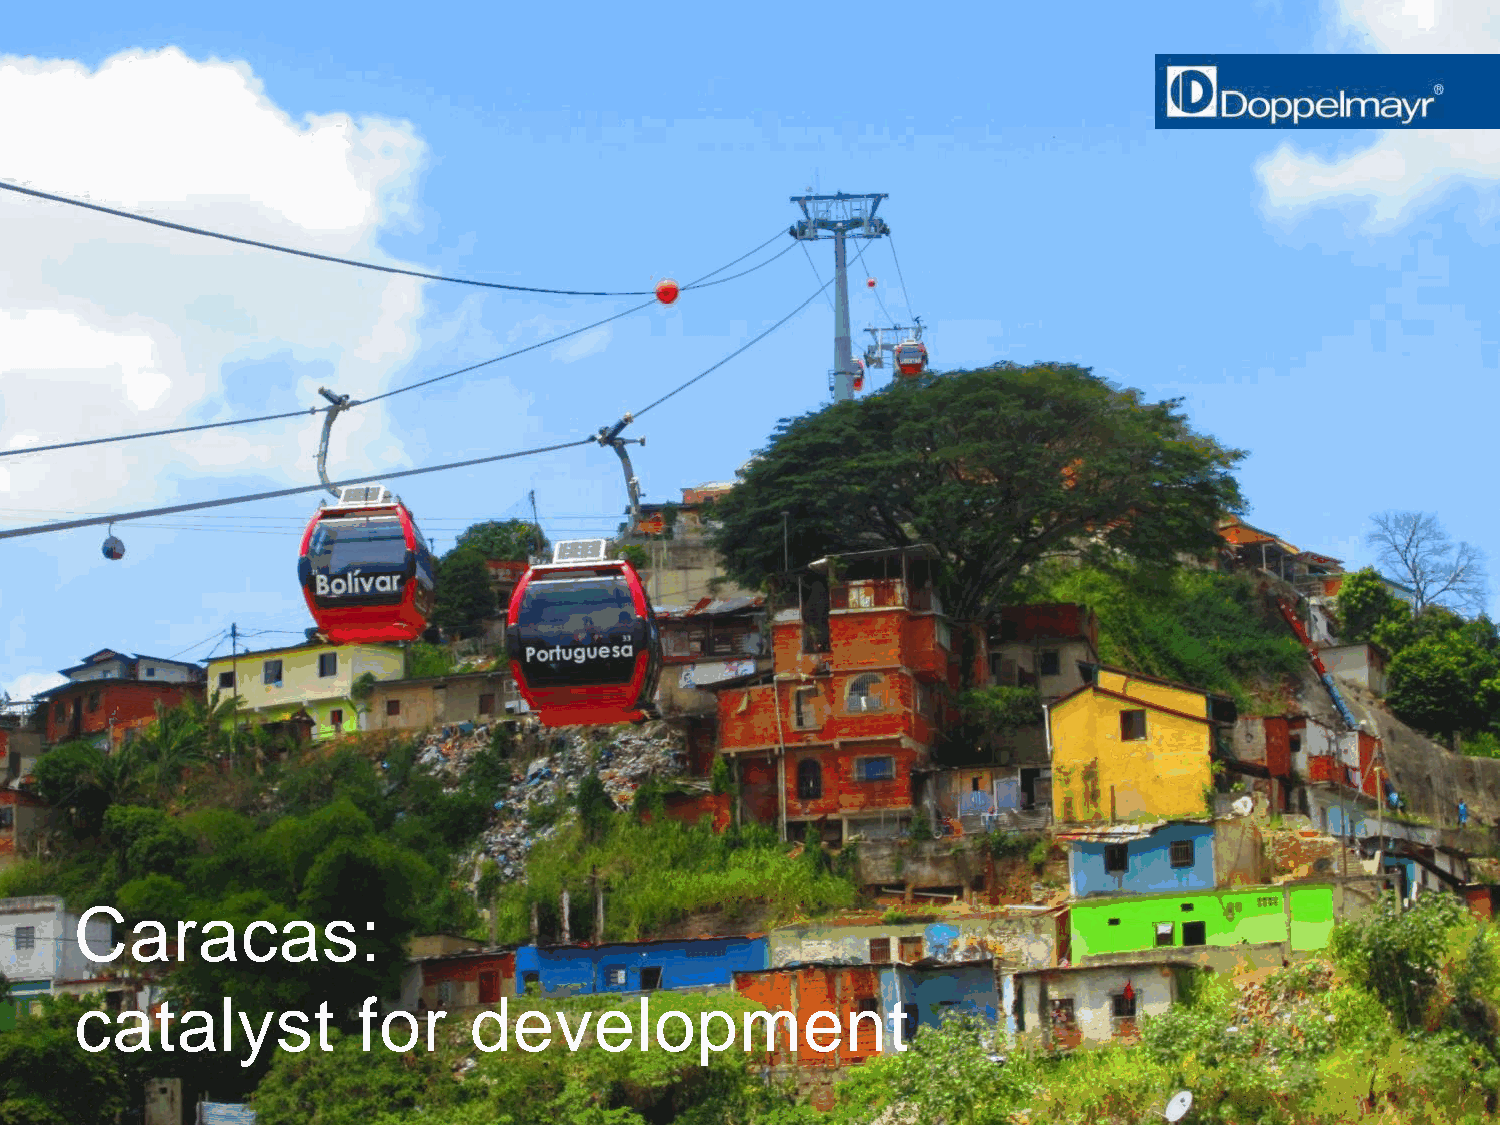
Caracas:
 catalyst           for    development
 Doppelmayr Urban Solutions | wolfram.auer@doppelmayr.com | Slide 42